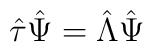
\hat\tau \hat{\Psi}=\hat{\Lambda}\hat{\Psi}